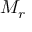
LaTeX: \textstyle { M _ { r } } \,